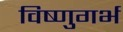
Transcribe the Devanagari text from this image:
विष्णुगर्भ